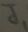
Text: J1